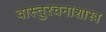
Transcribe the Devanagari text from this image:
वास्तुरचनाशास्त्र